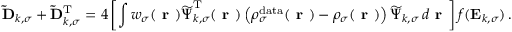
\mathbf { \widetilde { D } } _ { k , \sigma } + \mathbf { \widetilde { D } } _ { k , \sigma } ^ { \mathrm { T } } = 4 \left[ \int w _ { \sigma } ( \boldsymbol { \textbf { r } } ) \boldsymbol { \widetilde { \Psi } } _ { k , \sigma } ^ { \mathrm { T } } ( \boldsymbol { \textbf { r } } ) \left( \rho _ { \sigma } ^ { \mathrm { d a t a } } ( \boldsymbol { \textbf { r } } ) - \rho _ { \sigma } ( \boldsymbol { \textbf { r } } ) \right) \boldsymbol { \widetilde { \Psi } } _ { k , \sigma } \, d \boldsymbol { \textbf { r } } \right] f ( \mathbf { E } _ { k , \sigma } ) \, .